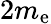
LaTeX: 2m_{\mathrm{e}}